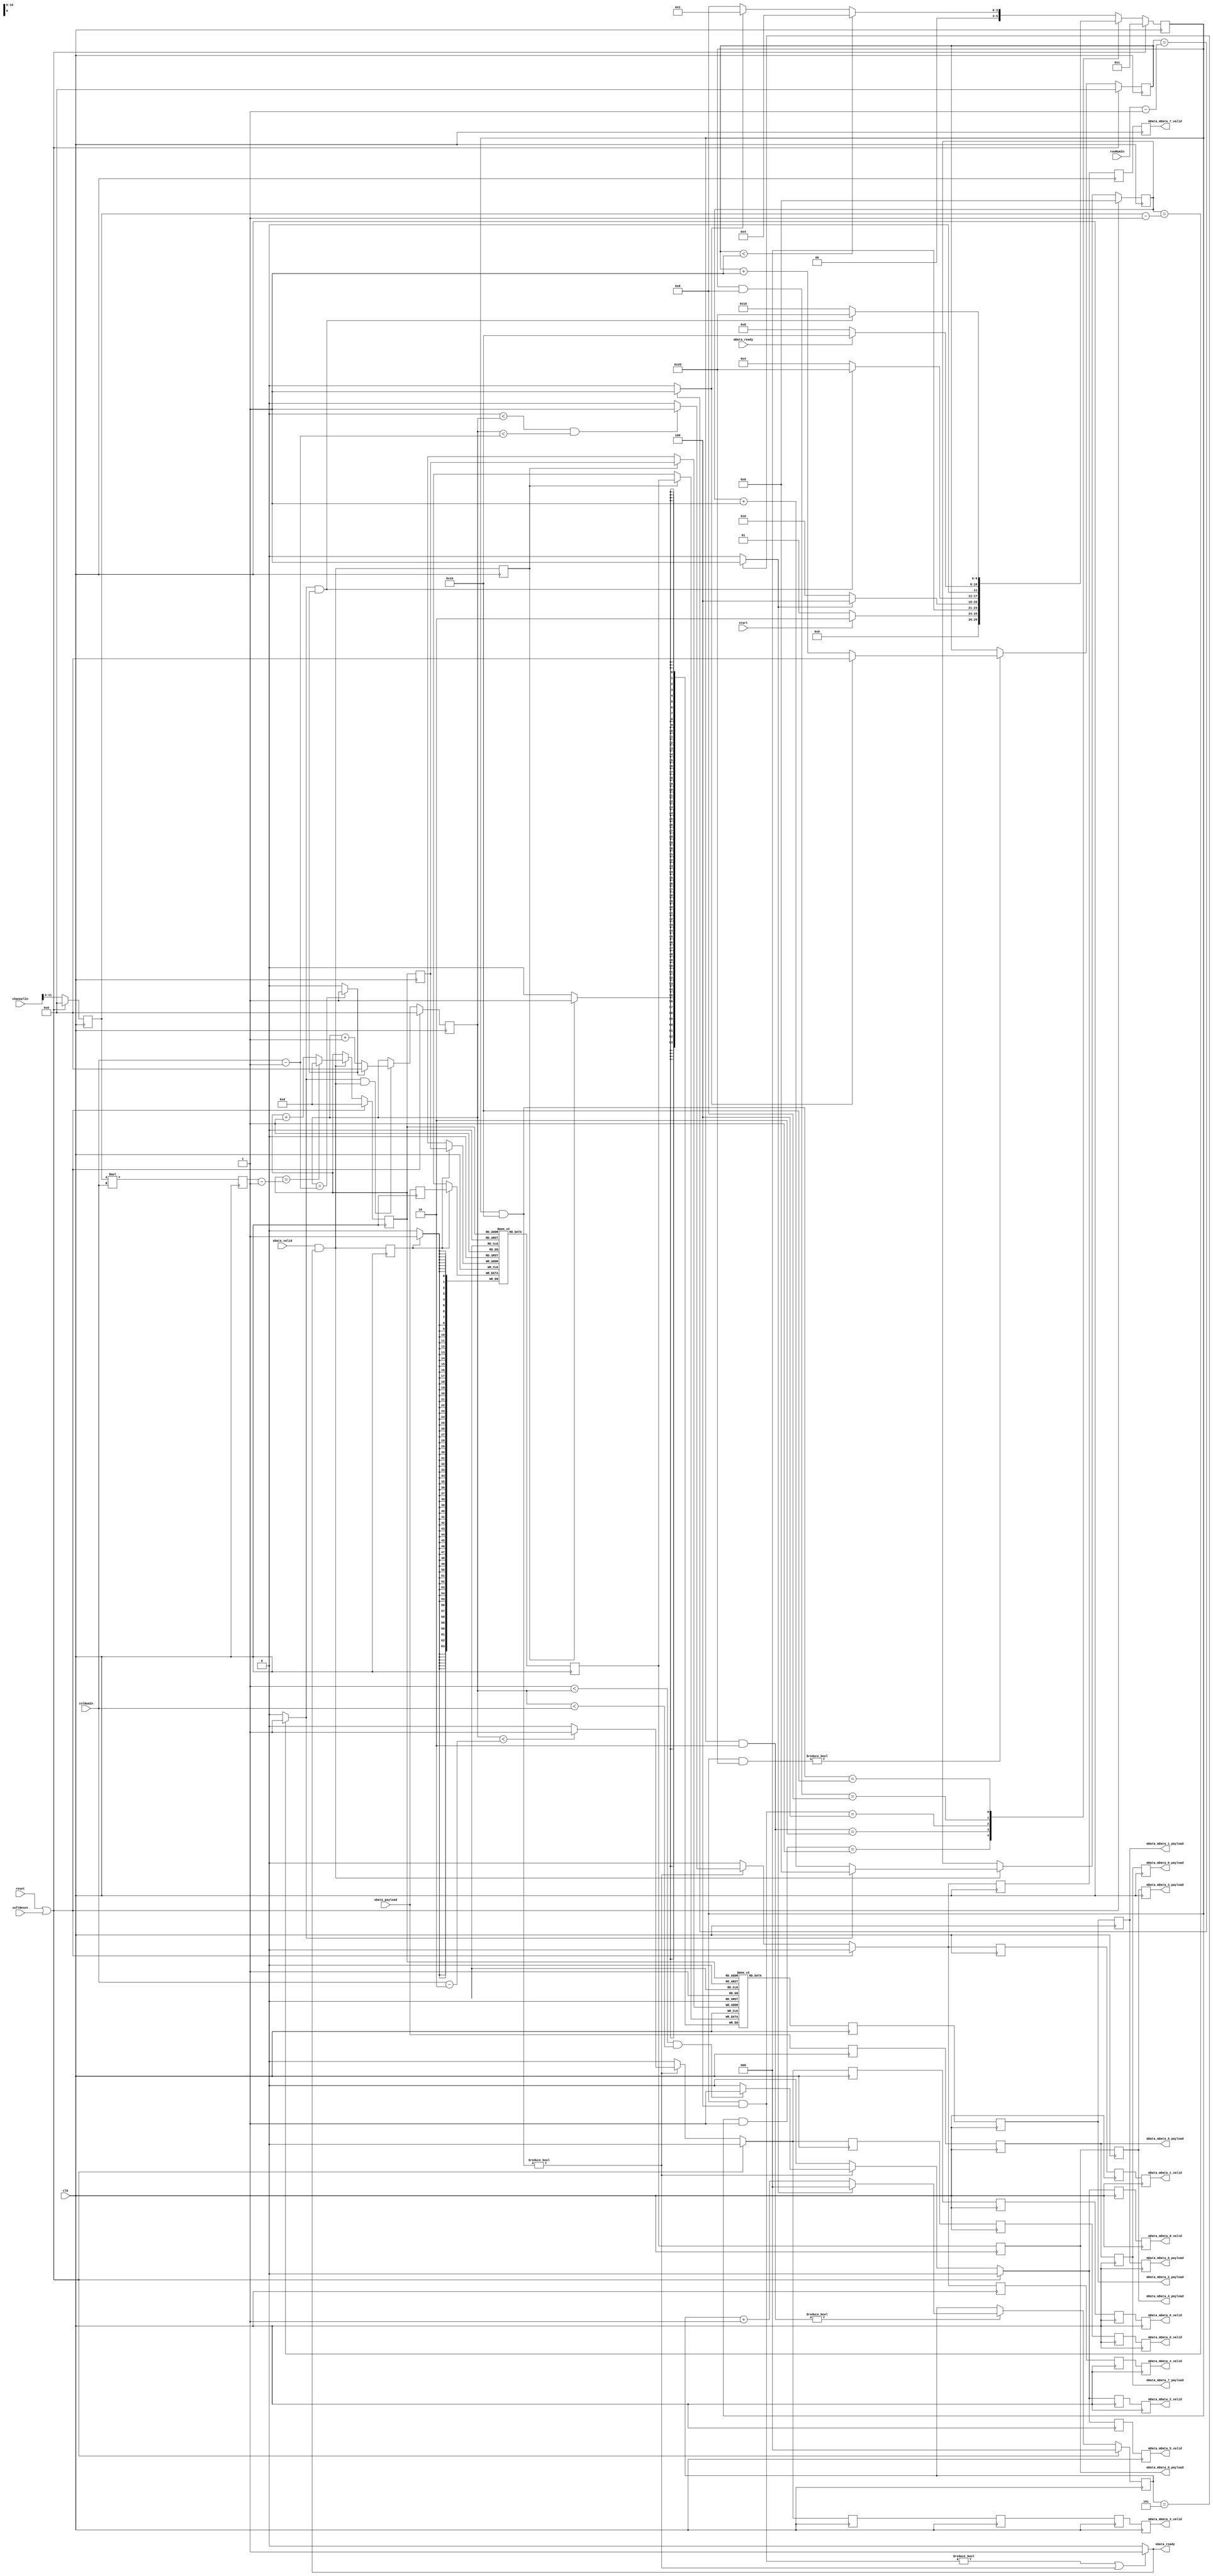
// Generator : SpinalHDL v1.7.3    git head : ed8004c489ee8a38c2cab309d0447b543fe9d5b8
// Component : FeatureGenerate

`timescale 1ns/1ps 
module FeatureGenerate (
  input               sData_valid,
  output reg          sData_ready,
  input      [63:0]   sData_payload,
  output              mData_mData_0_valid,
  output     [63:0]   mData_mData_0_payload,
  output              mData_mData_1_valid,
  output     [63:0]   mData_mData_1_payload,
  output              mData_mData_2_valid,
  output     [63:0]   mData_mData_2_payload,
  output              mData_mData_3_valid,
  output     [63:0]   mData_mData_3_payload,
  output              mData_mData_4_valid,
  output     [63:0]   mData_mData_4_payload,
  output              mData_mData_5_valid,
  output     [63:0]   mData_mData_5_payload,
  output              mData_mData_6_valid,
  output     [63:0]   mData_mData_6_payload,
  output              mData_mData_7_valid,
  output     [63:0]   mData_mData_7_payload,
  output              mData_mData_8_valid,
  output     [63:0]   mData_mData_8_payload,
  input               mData_ready,
  input      [8:0]    rowNumIn,
  input      [8:0]    colNumIn,
  input               start,
  input      [11:0]   channelIn,
  input               clk,
  input               reset,
  input               softReset
);
  localparam FeatureGenerateEnum_IDLE = 6'd1;
  localparam FeatureGenerateEnum_INIT = 6'd2;
  localparam FeatureGenerateEnum_WAIT_1 = 6'd4;
  localparam FeatureGenerateEnum_FIFO_READY = 6'd8;
  localparam FeatureGenerateEnum_WR = 6'd16;
  localparam FeatureGenerateEnum_END_1 = 6'd32;

  reg        [63:0]   _zz_mem_0_port1;
  reg        [63:0]   _zz_mem_1_port1;
  wire       [17:0]   _zz_when_FeatureGenerate_l109;
  wire       [17:0]   _zz_when_FeatureGenerate_l109_1;
  wire       [63:0]   _zz_mem_0_port;
  wire                _zz_mem_0_port_1;
  wire                _zz_rdData_0;
  wire       [63:0]   _zz_mem_1_port;
  wire                _zz_mem_1_port_1;
  wire                _zz_rdData_1;
  wire       [11:0]   _zz_when_WaCounter_l16_1;
  wire       [8:0]    _zz_when_WaCounter_l16_1_1;
  wire       [8:0]    _zz_when_WaCounter_l16_2;
  wire       [8:0]    _zz_when_WaCounter_l16_3;
  wire       [8:0]    _zz_when_FeatureGenerate_l156;
  wire       [8:0]    _zz_when_FeatureGenerate_l165;
  reg        [8:0]    channelTimes;
  reg        [17:0]   totalCnt;
  wire                fsm_initEnd;
  wire                fsm_waitEnd;
  wire                fsm_wrEnd;
  wire                fsm_endEnd;
  wire                fsm_wait2;
  wire                fsm_fifoReady;
  reg        [5:0]    fsm_currentState;
  reg        [5:0]    fsm_nextState;
  reg        [10:0]   rdAddr;
  wire       [63:0]   wrData_0;
  wire       [63:0]   wrData_1;
  wire       [63:0]   rdData_0;
  wire       [63:0]   rdData_1;
  reg        [10:0]   wrAddr;
  wire                sData_fire;
  wire                when_FeatureGenerate_l109;
  reg        [63:0]   sData_payload_regNext;
  wire                sData_fire_1;
  reg                 sData_fire_1_regNext;
  wire                sData_fire_2;
  reg                 sData_fire_2_regNext;
  wire                when_WaCounter_l21;
  reg        [2:0]    initCount_count;
  reg                 initCount_valid;
  wire                when_WaCounter_l16;
  wire                sData_fire_3;
  reg        [11:0]   channelCnt_count;
  reg                 channelCnt_valid;
  wire                when_WaCounter_l16_1;
  wire                sData_fire_4;
  wire                when_WaCounter_l21_1;
  reg        [8:0]    columnCnt_count;
  reg                 columnCnt_valid;
  wire                when_WaCounter_l16_2;
  wire                when_WaCounter_l21_2;
  reg        [8:0]    rowCnt_count;
  reg                 rowCnt_valid;
  wire                when_WaCounter_l16_3;
  wire                when_FeatureGenerate_l137;
  reg                 valid_0;
  reg                 valid_1;
  reg                 valid_2;
  reg                 valid_3;
  reg                 valid_4;
  reg                 valid_5;
  reg                 valid_6;
  reg                 valid_7;
  reg                 valid_8;
  reg                 valid_0_delay_1;
  reg                 valid_0_delay_2;
  reg                 valid_0_delay_3;
  reg                 valid_3_delay_1;
  reg                 valid_3_delay_2;
  reg                 valid_3_delay_3;
  reg                 valid_6_delay_1;
  reg                 valid_6_delay_2;
  reg                 valid_6_delay_3;
  reg                 valid_1_delay_1;
  reg                 valid_1_delay_2;
  reg                 valid_4_delay_1;
  reg                 valid_4_delay_2;
  reg                 valid_7_delay_1;
  reg                 valid_7_delay_2;
  reg                 valid_2_delay_1;
  reg                 valid_5_delay_1;
  reg                 valid_8_delay_1;
  wire                when_FeatureGenerate_l155;
  wire                when_FeatureGenerate_l156;
  wire                when_FeatureGenerate_l165;
  wire                when_FeatureGenerate_l174;
  reg        [63:0]   mData_mData_1_payload_regNext;
  reg        [63:0]   mData_mData_2_payload_regNext;
  reg        [63:0]   rdData_1_regNext;
  reg        [63:0]   mData_mData_4_payload_regNext;
  reg        [63:0]   mData_mData_5_payload_regNext;
  reg        [63:0]   rdData_0_regNext;
  reg        [63:0]   mData_mData_7_payload_regNext;
  reg        [63:0]   mData_mData_8_payload_regNext;
  reg        [63:0]   sData_payload_regNext_1;
  reg        [63:0]   sData_payload_regNext_1_regNext;
  `ifndef SYNTHESIS
  reg [79:0] fsm_currentState_string;
  reg [79:0] fsm_nextState_string;
  `endif

  (* ram_style = "block" *) reg [63:0] mem_0 [0:2047];
  (* ram_style = "block" *) reg [63:0] mem_1 [0:2047];

  assign _zz_when_FeatureGenerate_l109 = {7'd0, rdAddr};
  assign _zz_when_FeatureGenerate_l109_1 = (totalCnt - 18'h00001);
  assign _zz_when_WaCounter_l16_1_1 = (channelTimes - 9'h001);
  assign _zz_when_WaCounter_l16_1 = {3'd0, _zz_when_WaCounter_l16_1_1};
  assign _zz_when_WaCounter_l16_2 = (colNumIn - 9'h001);
  assign _zz_when_WaCounter_l16_3 = (rowNumIn - 9'h001);
  assign _zz_when_FeatureGenerate_l156 = (colNumIn - 9'h002);
  assign _zz_when_FeatureGenerate_l165 = (colNumIn - 9'h001);
  assign _zz_mem_0_port = wrData_0;
  assign _zz_rdData_0 = 1'b1;
  assign _zz_mem_1_port = wrData_1;
  assign _zz_rdData_1 = 1'b1;
  always @(posedge clk) begin
    if(sData_fire_1_regNext) begin
      mem_0[wrAddr] <= _zz_mem_0_port;
    end
  end

  always @(posedge clk) begin
    if(_zz_rdData_0) begin
      _zz_mem_0_port1 <= mem_0[rdAddr];
    end
  end

  always @(posedge clk) begin
    if(sData_fire_2_regNext) begin
      mem_1[wrAddr] <= _zz_mem_1_port;
    end
  end

  always @(posedge clk) begin
    if(_zz_rdData_1) begin
      _zz_mem_1_port1 <= mem_1[rdAddr];
    end
  end

  `ifndef SYNTHESIS
  always @(*) begin
    case(fsm_currentState)
      FeatureGenerateEnum_IDLE : fsm_currentState_string = "IDLE      ";
      FeatureGenerateEnum_INIT : fsm_currentState_string = "INIT      ";
      FeatureGenerateEnum_WAIT_1 : fsm_currentState_string = "WAIT_1    ";
      FeatureGenerateEnum_FIFO_READY : fsm_currentState_string = "FIFO_READY";
      FeatureGenerateEnum_WR : fsm_currentState_string = "WR        ";
      FeatureGenerateEnum_END_1 : fsm_currentState_string = "END_1     ";
      default : fsm_currentState_string = "??????????";
    endcase
  end
  always @(*) begin
    case(fsm_nextState)
      FeatureGenerateEnum_IDLE : fsm_nextState_string = "IDLE      ";
      FeatureGenerateEnum_INIT : fsm_nextState_string = "INIT      ";
      FeatureGenerateEnum_WAIT_1 : fsm_nextState_string = "WAIT_1    ";
      FeatureGenerateEnum_FIFO_READY : fsm_nextState_string = "FIFO_READY";
      FeatureGenerateEnum_WR : fsm_nextState_string = "WR        ";
      FeatureGenerateEnum_END_1 : fsm_nextState_string = "END_1     ";
      default : fsm_nextState_string = "??????????";
    endcase
  end
  `endif

  always @(*) begin
    (* parallel_case *)
    case(1) // synthesis parallel_case
      (((fsm_currentState) & FeatureGenerateEnum_IDLE) == FeatureGenerateEnum_IDLE) : begin
        if(start) begin
          fsm_nextState = FeatureGenerateEnum_INIT;
        end else begin
          fsm_nextState = FeatureGenerateEnum_IDLE;
        end
      end
      (((fsm_currentState) & FeatureGenerateEnum_INIT) == FeatureGenerateEnum_INIT) : begin
        if(fsm_initEnd) begin
          fsm_nextState = FeatureGenerateEnum_WAIT_1;
        end else begin
          fsm_nextState = FeatureGenerateEnum_INIT;
        end
      end
      (((fsm_currentState) & FeatureGenerateEnum_WAIT_1) == FeatureGenerateEnum_WAIT_1) : begin
        if(fsm_waitEnd) begin
          fsm_nextState = FeatureGenerateEnum_END_1;
        end else begin
          fsm_nextState = FeatureGenerateEnum_WAIT_1;
        end
      end
      (((fsm_currentState) & FeatureGenerateEnum_FIFO_READY) == FeatureGenerateEnum_FIFO_READY) : begin
        if(fsm_fifoReady) begin
          fsm_nextState = FeatureGenerateEnum_WR;
        end else begin
          fsm_nextState = FeatureGenerateEnum_FIFO_READY;
        end
      end
      (((fsm_currentState) & FeatureGenerateEnum_WR) == FeatureGenerateEnum_WR) : begin
        if(fsm_wrEnd) begin
          fsm_nextState = FeatureGenerateEnum_END_1;
        end else begin
          fsm_nextState = FeatureGenerateEnum_WR;
        end
      end
      default : begin
        if(fsm_wait2) begin
          fsm_nextState = FeatureGenerateEnum_WAIT_1;
        end else begin
          if(fsm_endEnd) begin
            fsm_nextState = FeatureGenerateEnum_IDLE;
          end else begin
            fsm_nextState = FeatureGenerateEnum_FIFO_READY;
          end
        end
      end
    endcase
  end

  assign fsm_fifoReady = mData_ready;
  assign sData_fire = (sData_valid && sData_ready);
  assign when_FeatureGenerate_l109 = (_zz_when_FeatureGenerate_l109 == _zz_when_FeatureGenerate_l109_1);
  assign wrData_0 = sData_payload_regNext;
  assign wrData_1 = rdData_0;
  assign sData_fire_1 = (sData_valid && sData_ready);
  assign rdData_0 = _zz_mem_0_port1;
  assign sData_fire_2 = (sData_valid && sData_ready);
  assign rdData_1 = _zz_mem_1_port1;
  assign when_WaCounter_l21 = ((fsm_currentState & FeatureGenerateEnum_INIT) != 6'b000000);
  assign when_WaCounter_l16 = ((initCount_count == 3'b101) && 1'b1);
  always @(*) begin
    if(when_WaCounter_l16) begin
      initCount_valid = 1'b1;
    end else begin
      initCount_valid = 1'b0;
    end
  end

  assign fsm_initEnd = initCount_valid;
  assign sData_fire_3 = (sData_valid && sData_ready);
  assign when_WaCounter_l16_1 = ((channelCnt_count == _zz_when_WaCounter_l16_1) && 1'b1);
  always @(*) begin
    if(when_WaCounter_l16_1) begin
      channelCnt_valid = 1'b1;
    end else begin
      channelCnt_valid = 1'b0;
    end
  end

  assign sData_fire_4 = (sData_valid && sData_ready);
  assign when_WaCounter_l21_1 = (channelCnt_valid && sData_fire_4);
  assign when_WaCounter_l16_2 = ((columnCnt_count == _zz_when_WaCounter_l16_2) && 1'b1);
  always @(*) begin
    if(when_WaCounter_l16_2) begin
      columnCnt_valid = 1'b1;
    end else begin
      columnCnt_valid = 1'b0;
    end
  end

  assign when_WaCounter_l21_2 = ((fsm_currentState & FeatureGenerateEnum_END_1) != 6'b000000);
  assign when_WaCounter_l16_3 = ((rowCnt_count == _zz_when_WaCounter_l16_3) && 1'b1);
  always @(*) begin
    if(when_WaCounter_l16_3) begin
      rowCnt_valid = 1'b1;
    end else begin
      rowCnt_valid = 1'b0;
    end
  end

  assign fsm_waitEnd = (channelCnt_valid && columnCnt_valid);
  assign fsm_wrEnd = (channelCnt_valid && columnCnt_valid);
  assign fsm_endEnd = rowCnt_valid;
  assign fsm_wait2 = (rowCnt_count < 9'h001);
  assign when_FeatureGenerate_l137 = (((fsm_currentState & FeatureGenerateEnum_WAIT_1) != 6'b000000) || ((fsm_currentState & FeatureGenerateEnum_WR) != 6'b000000));
  always @(*) begin
    if(when_FeatureGenerate_l137) begin
      sData_ready = 1'b1;
    end else begin
      sData_ready = 1'b0;
    end
  end

  assign mData_mData_0_valid = valid_0_delay_3;
  assign mData_mData_3_valid = valid_3_delay_3;
  assign mData_mData_6_valid = valid_6_delay_3;
  assign mData_mData_1_valid = valid_1_delay_2;
  assign mData_mData_4_valid = valid_4_delay_2;
  assign mData_mData_7_valid = valid_7_delay_2;
  assign mData_mData_2_valid = valid_2_delay_1;
  assign mData_mData_5_valid = valid_5_delay_1;
  assign mData_mData_8_valid = valid_8_delay_1;
  assign when_FeatureGenerate_l155 = ((fsm_currentState & FeatureGenerateEnum_WR) != 6'b000000);
  assign when_FeatureGenerate_l156 = (columnCnt_count < _zz_when_FeatureGenerate_l156);
  assign when_FeatureGenerate_l165 = ((9'h0 < columnCnt_count) && (columnCnt_count < _zz_when_FeatureGenerate_l165));
  assign when_FeatureGenerate_l174 = ((9'h001 < columnCnt_count) && (columnCnt_count < colNumIn));
  assign mData_mData_0_payload = mData_mData_1_payload_regNext;
  assign mData_mData_1_payload = mData_mData_2_payload_regNext;
  assign mData_mData_2_payload = rdData_1_regNext;
  assign mData_mData_3_payload = mData_mData_4_payload_regNext;
  assign mData_mData_4_payload = mData_mData_5_payload_regNext;
  assign mData_mData_5_payload = rdData_0_regNext;
  assign mData_mData_6_payload = mData_mData_7_payload_regNext;
  assign mData_mData_7_payload = mData_mData_8_payload_regNext;
  assign mData_mData_8_payload = sData_payload_regNext_1_regNext;
  always @(posedge clk) begin
    if(reset || softReset) begin
      channelTimes <= 9'h0;
      fsm_currentState <= FeatureGenerateEnum_IDLE;
      rdAddr <= 11'h0;
      initCount_count <= 3'b000;
      channelCnt_count <= 12'h0;
      columnCnt_count <= 9'h0;
      rowCnt_count <= 9'h0;
      valid_0 <= 1'b0;
      valid_1 <= 1'b0;
      valid_2 <= 1'b0;
      valid_3 <= 1'b0;
      valid_4 <= 1'b0;
      valid_5 <= 1'b0;
      valid_6 <= 1'b0;
      valid_7 <= 1'b0;
      valid_8 <= 1'b0;
    end else begin
      channelTimes <= (channelIn >>> 3);
      fsm_currentState <= fsm_nextState;
      if(sData_fire) begin
        if(when_FeatureGenerate_l109) begin
          rdAddr <= 11'h0;
        end else begin
          rdAddr <= (rdAddr + 11'h001);
        end
      end
      if(when_WaCounter_l21) begin
        initCount_count <= (initCount_count + 3'b001);
        if(initCount_valid) begin
          initCount_count <= 3'b000;
        end
      end
      if(sData_fire_3) begin
        channelCnt_count <= (channelCnt_count + 12'h001);
        if(channelCnt_valid) begin
          channelCnt_count <= 12'h0;
        end
      end
      if(when_WaCounter_l21_1) begin
        columnCnt_count <= (columnCnt_count + 9'h001);
        if(columnCnt_valid) begin
          columnCnt_count <= 9'h0;
        end
      end
      if(when_WaCounter_l21_2) begin
        rowCnt_count <= (rowCnt_count + 9'h001);
        if(rowCnt_valid) begin
          rowCnt_count <= 9'h0;
        end
      end
      if(when_FeatureGenerate_l155) begin
        if(when_FeatureGenerate_l156) begin
          valid_0 <= 1'b1;
          valid_3 <= 1'b1;
          valid_6 <= 1'b1;
        end else begin
          valid_0 <= 1'b0;
          valid_3 <= 1'b0;
          valid_6 <= 1'b0;
        end
        if(when_FeatureGenerate_l165) begin
          valid_1 <= 1'b1;
          valid_4 <= 1'b1;
          valid_7 <= 1'b1;
        end else begin
          valid_1 <= 1'b0;
          valid_4 <= 1'b0;
          valid_7 <= 1'b0;
        end
        if(when_FeatureGenerate_l174) begin
          valid_2 <= 1'b1;
          valid_5 <= 1'b1;
          valid_8 <= 1'b1;
        end else begin
          valid_2 <= 1'b0;
          valid_5 <= 1'b0;
          valid_8 <= 1'b0;
        end
      end else begin
        valid_0 <= 1'b0;
        valid_1 <= 1'b0;
        valid_2 <= 1'b0;
        valid_3 <= 1'b0;
        valid_4 <= 1'b0;
        valid_5 <= 1'b0;
        valid_6 <= 1'b0;
        valid_7 <= 1'b0;
        valid_8 <= 1'b0;
      end
    end
  end

  always @(posedge clk) begin
    totalCnt <= (channelTimes * colNumIn);
    wrAddr <= rdAddr;
    sData_payload_regNext <= sData_payload;
    sData_fire_1_regNext <= sData_fire_1;
    sData_fire_2_regNext <= sData_fire_2;
    valid_0_delay_1 <= valid_0;
    valid_0_delay_2 <= valid_0_delay_1;
    valid_0_delay_3 <= valid_0_delay_2;
    valid_3_delay_1 <= valid_3;
    valid_3_delay_2 <= valid_3_delay_1;
    valid_3_delay_3 <= valid_3_delay_2;
    valid_6_delay_1 <= valid_6;
    valid_6_delay_2 <= valid_6_delay_1;
    valid_6_delay_3 <= valid_6_delay_2;
    valid_1_delay_1 <= valid_1;
    valid_1_delay_2 <= valid_1_delay_1;
    valid_4_delay_1 <= valid_4;
    valid_4_delay_2 <= valid_4_delay_1;
    valid_7_delay_1 <= valid_7;
    valid_7_delay_2 <= valid_7_delay_1;
    valid_2_delay_1 <= valid_2;
    valid_5_delay_1 <= valid_5;
    valid_8_delay_1 <= valid_8;
    mData_mData_1_payload_regNext <= mData_mData_1_payload;
    mData_mData_2_payload_regNext <= mData_mData_2_payload;
    rdData_1_regNext <= rdData_1;
    mData_mData_4_payload_regNext <= mData_mData_4_payload;
    mData_mData_5_payload_regNext <= mData_mData_5_payload;
    rdData_0_regNext <= rdData_0;
    mData_mData_7_payload_regNext <= mData_mData_7_payload;
    mData_mData_8_payload_regNext <= mData_mData_8_payload;
    sData_payload_regNext_1 <= sData_payload;
    sData_payload_regNext_1_regNext <= sData_payload_regNext_1;
  end


endmodule